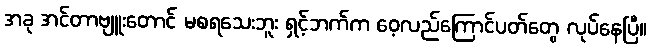
အခု အင်တာဗျူးတောင် မစရသေးဘူး ရှင့်ဘက်က ဝေ့လည်ကြောင်ပတ်တွေ လုပ်နေပြီ။